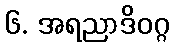
၆. အရညာဒိဝဂ္ဂ